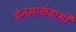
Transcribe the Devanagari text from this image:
डेनमार्कवासी